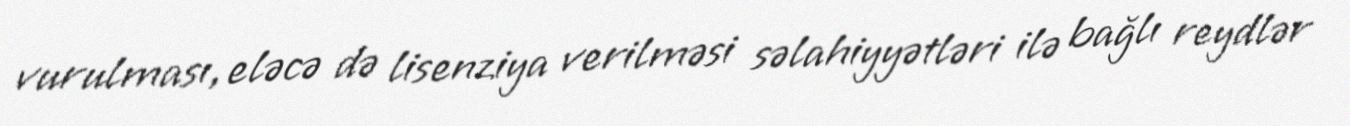
vurulması, eləcə də lisenziya verilməsi səlahiyyətləri ilə bağlı reydlər